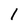
Character: l